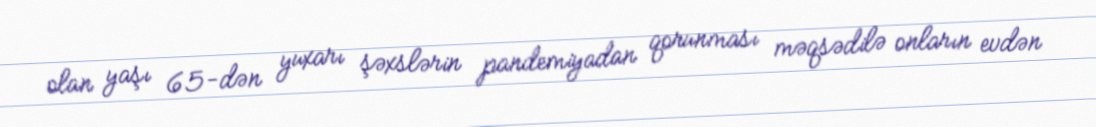
olan yaşı 65-dən yuxarı şəxslərin pandemiyadan qorunması məqsədilə onların evdən